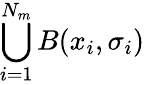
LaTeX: \bigcup_{i=1}^{N_{m}}B(x_{i},\sigma_{i})